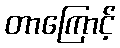
တာကြောင့်